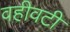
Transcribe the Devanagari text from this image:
वहीवटी